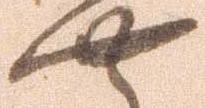
や